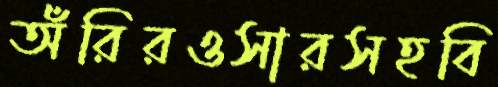
অঁরিরওসারসহবি